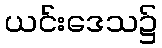
ယင်းဒေသ၌